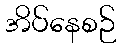
အိပ်နေစဉ်